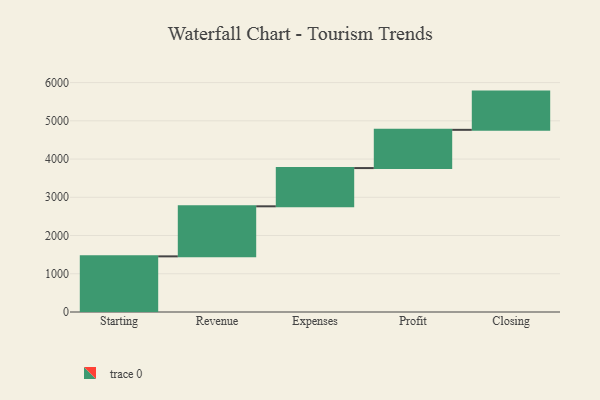
{"axis": {"x": "Step", "y": "Value"}, "legend": [""], "data": [{"x": "Starting", "y": 1455.0, "type": ""}, {"x": "Revenue", "y": 1309.0, "type": ""}, {"x": "Expenses", "y": 1000, "type": ""}, {"x": "Profit", "y": 1000, "type": ""}, {"x": "Closing", "y": 1000, "type": ""}]}